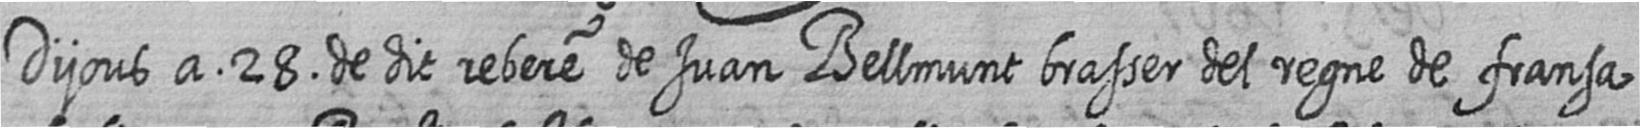
Dijous a 28 de dit rebere de Juan Bellmunt brasser del regne de fransa